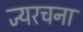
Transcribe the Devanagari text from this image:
ज्यरचना